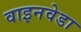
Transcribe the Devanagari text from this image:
वाइनवेडा